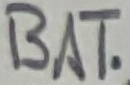
Text: BAT.